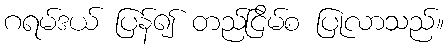
ဂရမ်ဒယ် ပြန်၍ တည်ငြိမ်စ ပြုလာသည်။